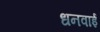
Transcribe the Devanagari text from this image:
धनवाई